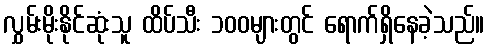
လွှမ်းမိုးနိုင်ဆုံးသူ ထိပ်သီး ၁၀၀များတွင် ရောက်ရှိနေခဲ့သည်။